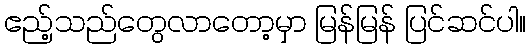
ဧည့်သည်တွေလာတော့မှာ မြန်မြန် ပြင်ဆင်ပါ။